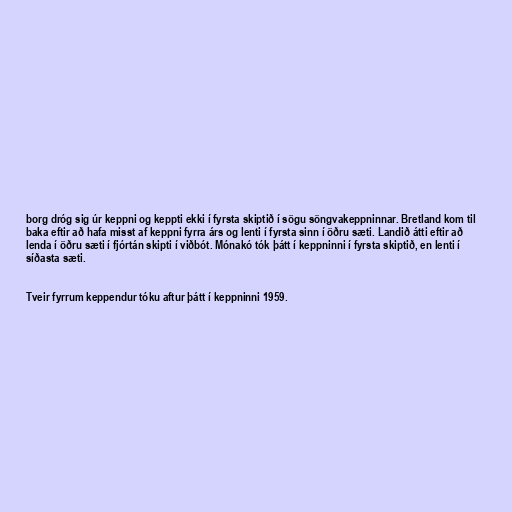
borg dróg sig úr keppni og keppti ekki í fyrsta skiptið í sögu söngvakeppninnar. Bretland kom til
baka eftir að hafa misst af keppni fyrra árs og lenti í fyrsta sinn í öðru sæti. Landið átti eftir að
lenda í öðru sæti í fjórtán skipti í viðbót. Mónakó tók þátt í keppninni í fyrsta skiptið, en lenti í
síðasta sæti.

Tveir fyrrum keppendur tóku aftur þátt í keppninni 1959.